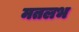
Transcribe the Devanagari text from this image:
मतलभ